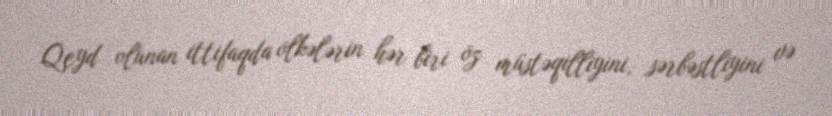
Qeyd olunan ittifaqda ölkələrin hər biri öz müstəqilliyini, sərbəstliyini və